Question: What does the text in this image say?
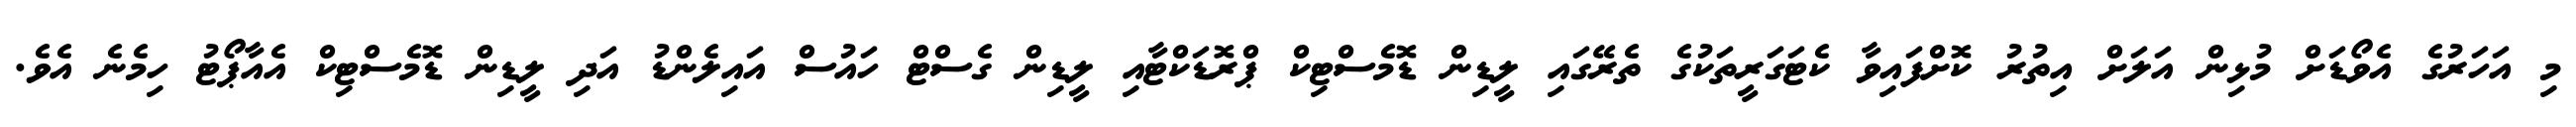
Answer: މި އަހަރުގެ އެވޯޑަށް މުޅިން އަލަށް އިތުރު ކޮށްފައިވާ ކެޓަގަރީތަކުގެ ތެރޭގައި ލީޑިން ޑޮމެސްޓިކް ޕްރޮޑަކްޓާއި ލީޑިން ގެސްޓް ހައުސް އައިލެންޑު އަދި ލީޑިން ޑޮމެސްޓިކް އެއާޕޯޓު ހިމެނެ އެވެ.